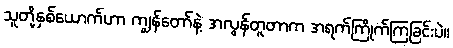
သူတို့နှစ်ယောက်ဟာ ကျွန်တော်နဲ့ အလွန်တူတာက အရက်ကြိုက်ကြခြင်းပဲ။